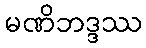
မဏိဘဒ္ဒဿ